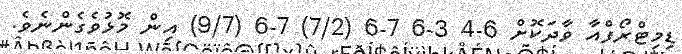
ޑިމިޓްރޯފްއާ ވާދަކޮށް 6-4 3-6 7-6 (7/2) 7-6 (9/7) އިން މޮޅުވެގެންނެވެ.